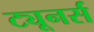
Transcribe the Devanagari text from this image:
ट्यूनर्स